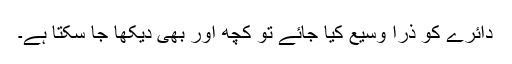
دائرے کو ذرا وسیع کیا جائے تو کچھ اور بھی دیکھا جا سکتا ہے۔